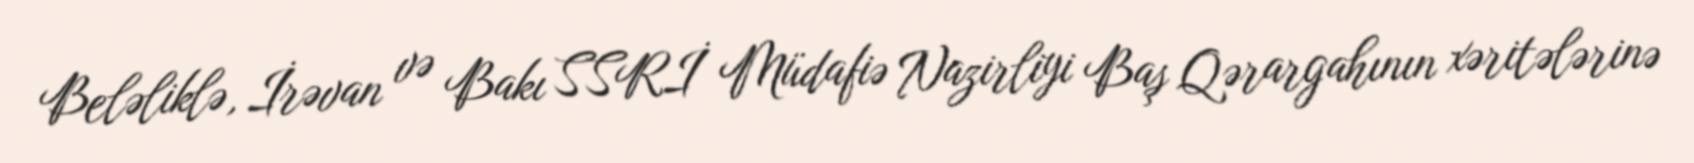
Beləliklə, İrəvan və Bakı SSRİ Müdafiə Nazirliyi Baş Qərargahının xəritələrinə